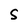
Character: s